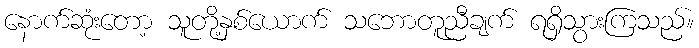
နောက်ဆုံးတော့ သူတို့နှစ်ယောက် သဘောတူညီချက် ရရှိသွားကြသည်။